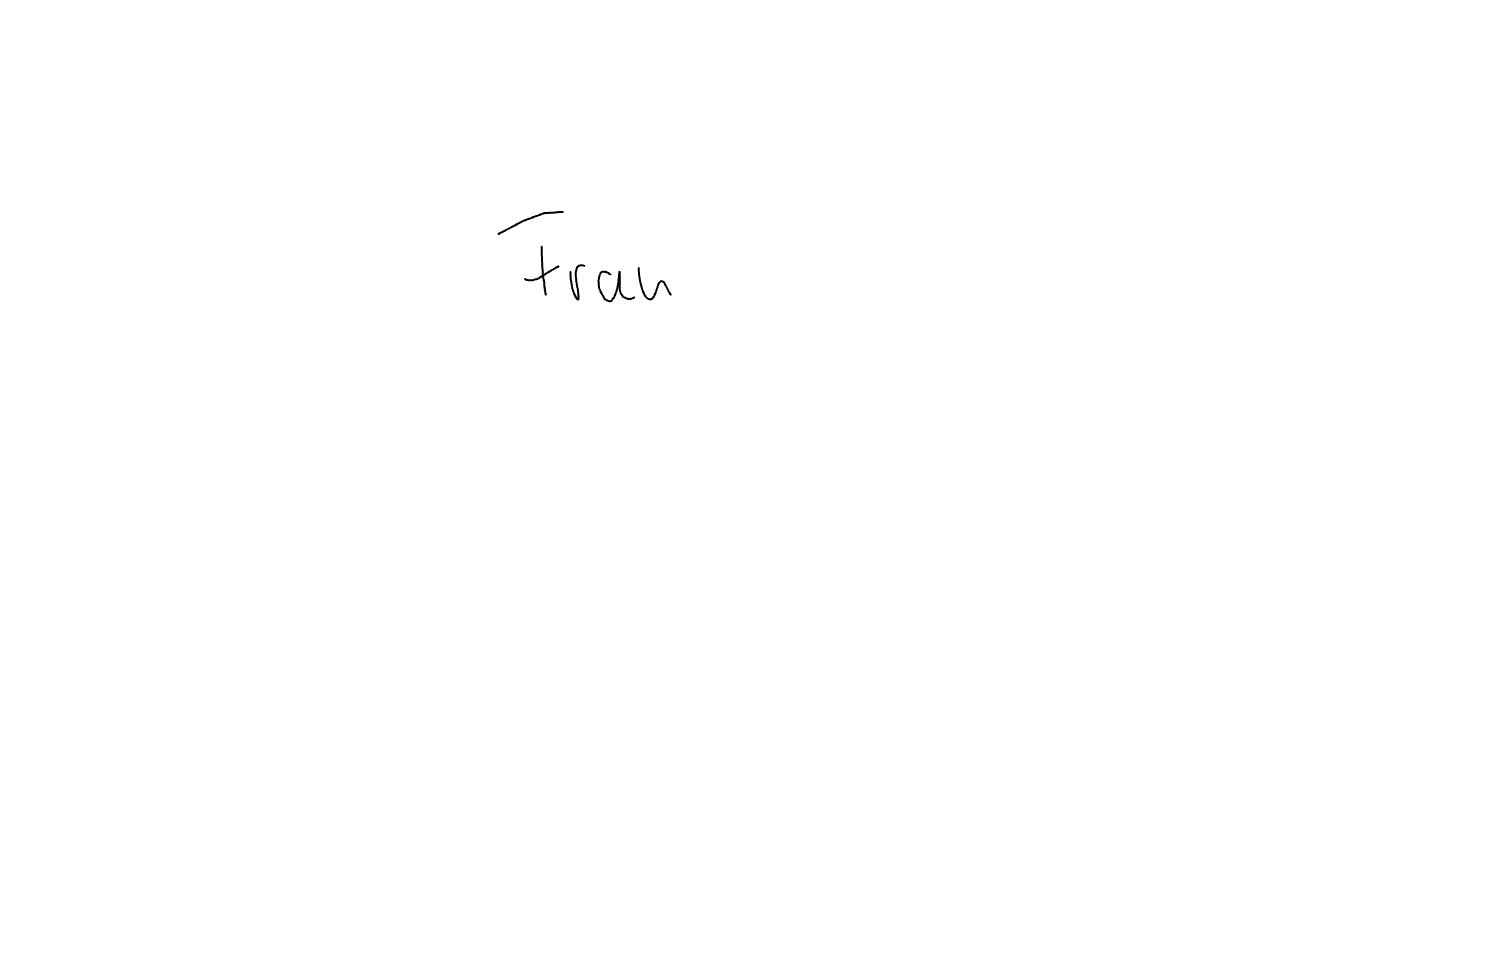
Text: Frau